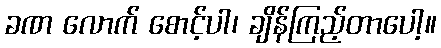
ခဏ လောက် စောင့်ပါ၊ ချိန်ကြည့်တာပေါ့။